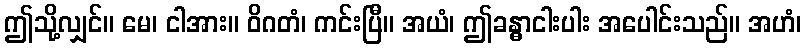
ဤသို့လျှင်။ မေ၊ ငါအား။ ဝိဂတံ၊ ကင်းပြီ။ အယံ၊ ဤခန္ဓာငါးပါး အပေါင်းသည်။ အဟံ၊